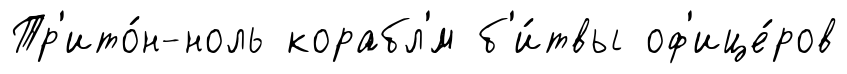
Тр'ито́н-ноль корабл'́м б'и́твы оф'ице́ров